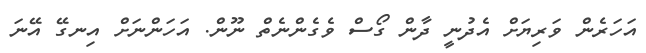
އަހަރެން ވަރިޔަށް އެދުނީ ދާން ގޯސް ވެގެންނެތް ނޫން. އަހަންނަށް އިނގޭ އޭނަ